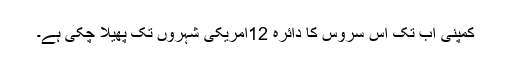
کمپنی اب تک اس سروس کا دائرہ 12امریکی شہروں تک پھیلا چکی ہے۔